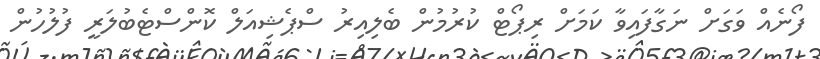
ފޯނެއް ވަގަށް ނަގާފައިވާ ކަމަށް ރިޕޯޓް ކުރުމުން ބެލިއިރު ސްޕެޝިއަލް ކޮންސްޓެބުލަރީ ފުލުހުން